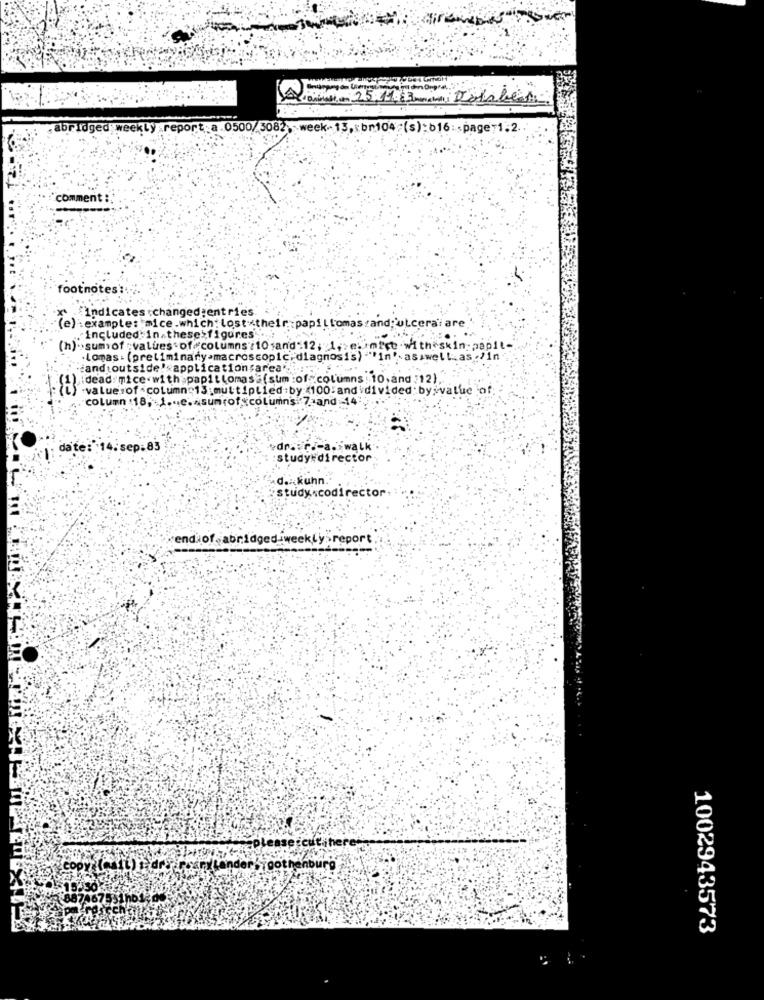
den 25.11.63 malin Dolaben
abridged weekly report:a.0500/ 3082> >week-13,xbn104 (s):b16 :< page 1.2.
com
footnotes ::
Indicates changed:entries.
(e)
:example: mice .which: losttheir :papillomastand:'ulceraiare
included in.these figures ....
(h) .. sumof : values . of columns / 10 ;and"12; 1,> e. imfce .with"skin papil-
Lomas: (preliminary>macroscopic,diagnosis)-
Passwellas .? in
and outside' applicationsarea' ....
:dead: mice . with papi Lomasa(sum :of columns: 10,and (12).
.valuesof -column 13;multiplied by :< 100:andidivided by>value of
column :18, 1 ... e. sumrof columns 7-and-14
1.83
dr .: roma. walk
study#director
d. kuhn.
study .codirector
endof. abridged weekly report
1002943573